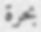
بحرة